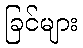
ခြင်များ